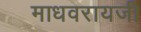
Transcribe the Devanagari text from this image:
माधवरायजी